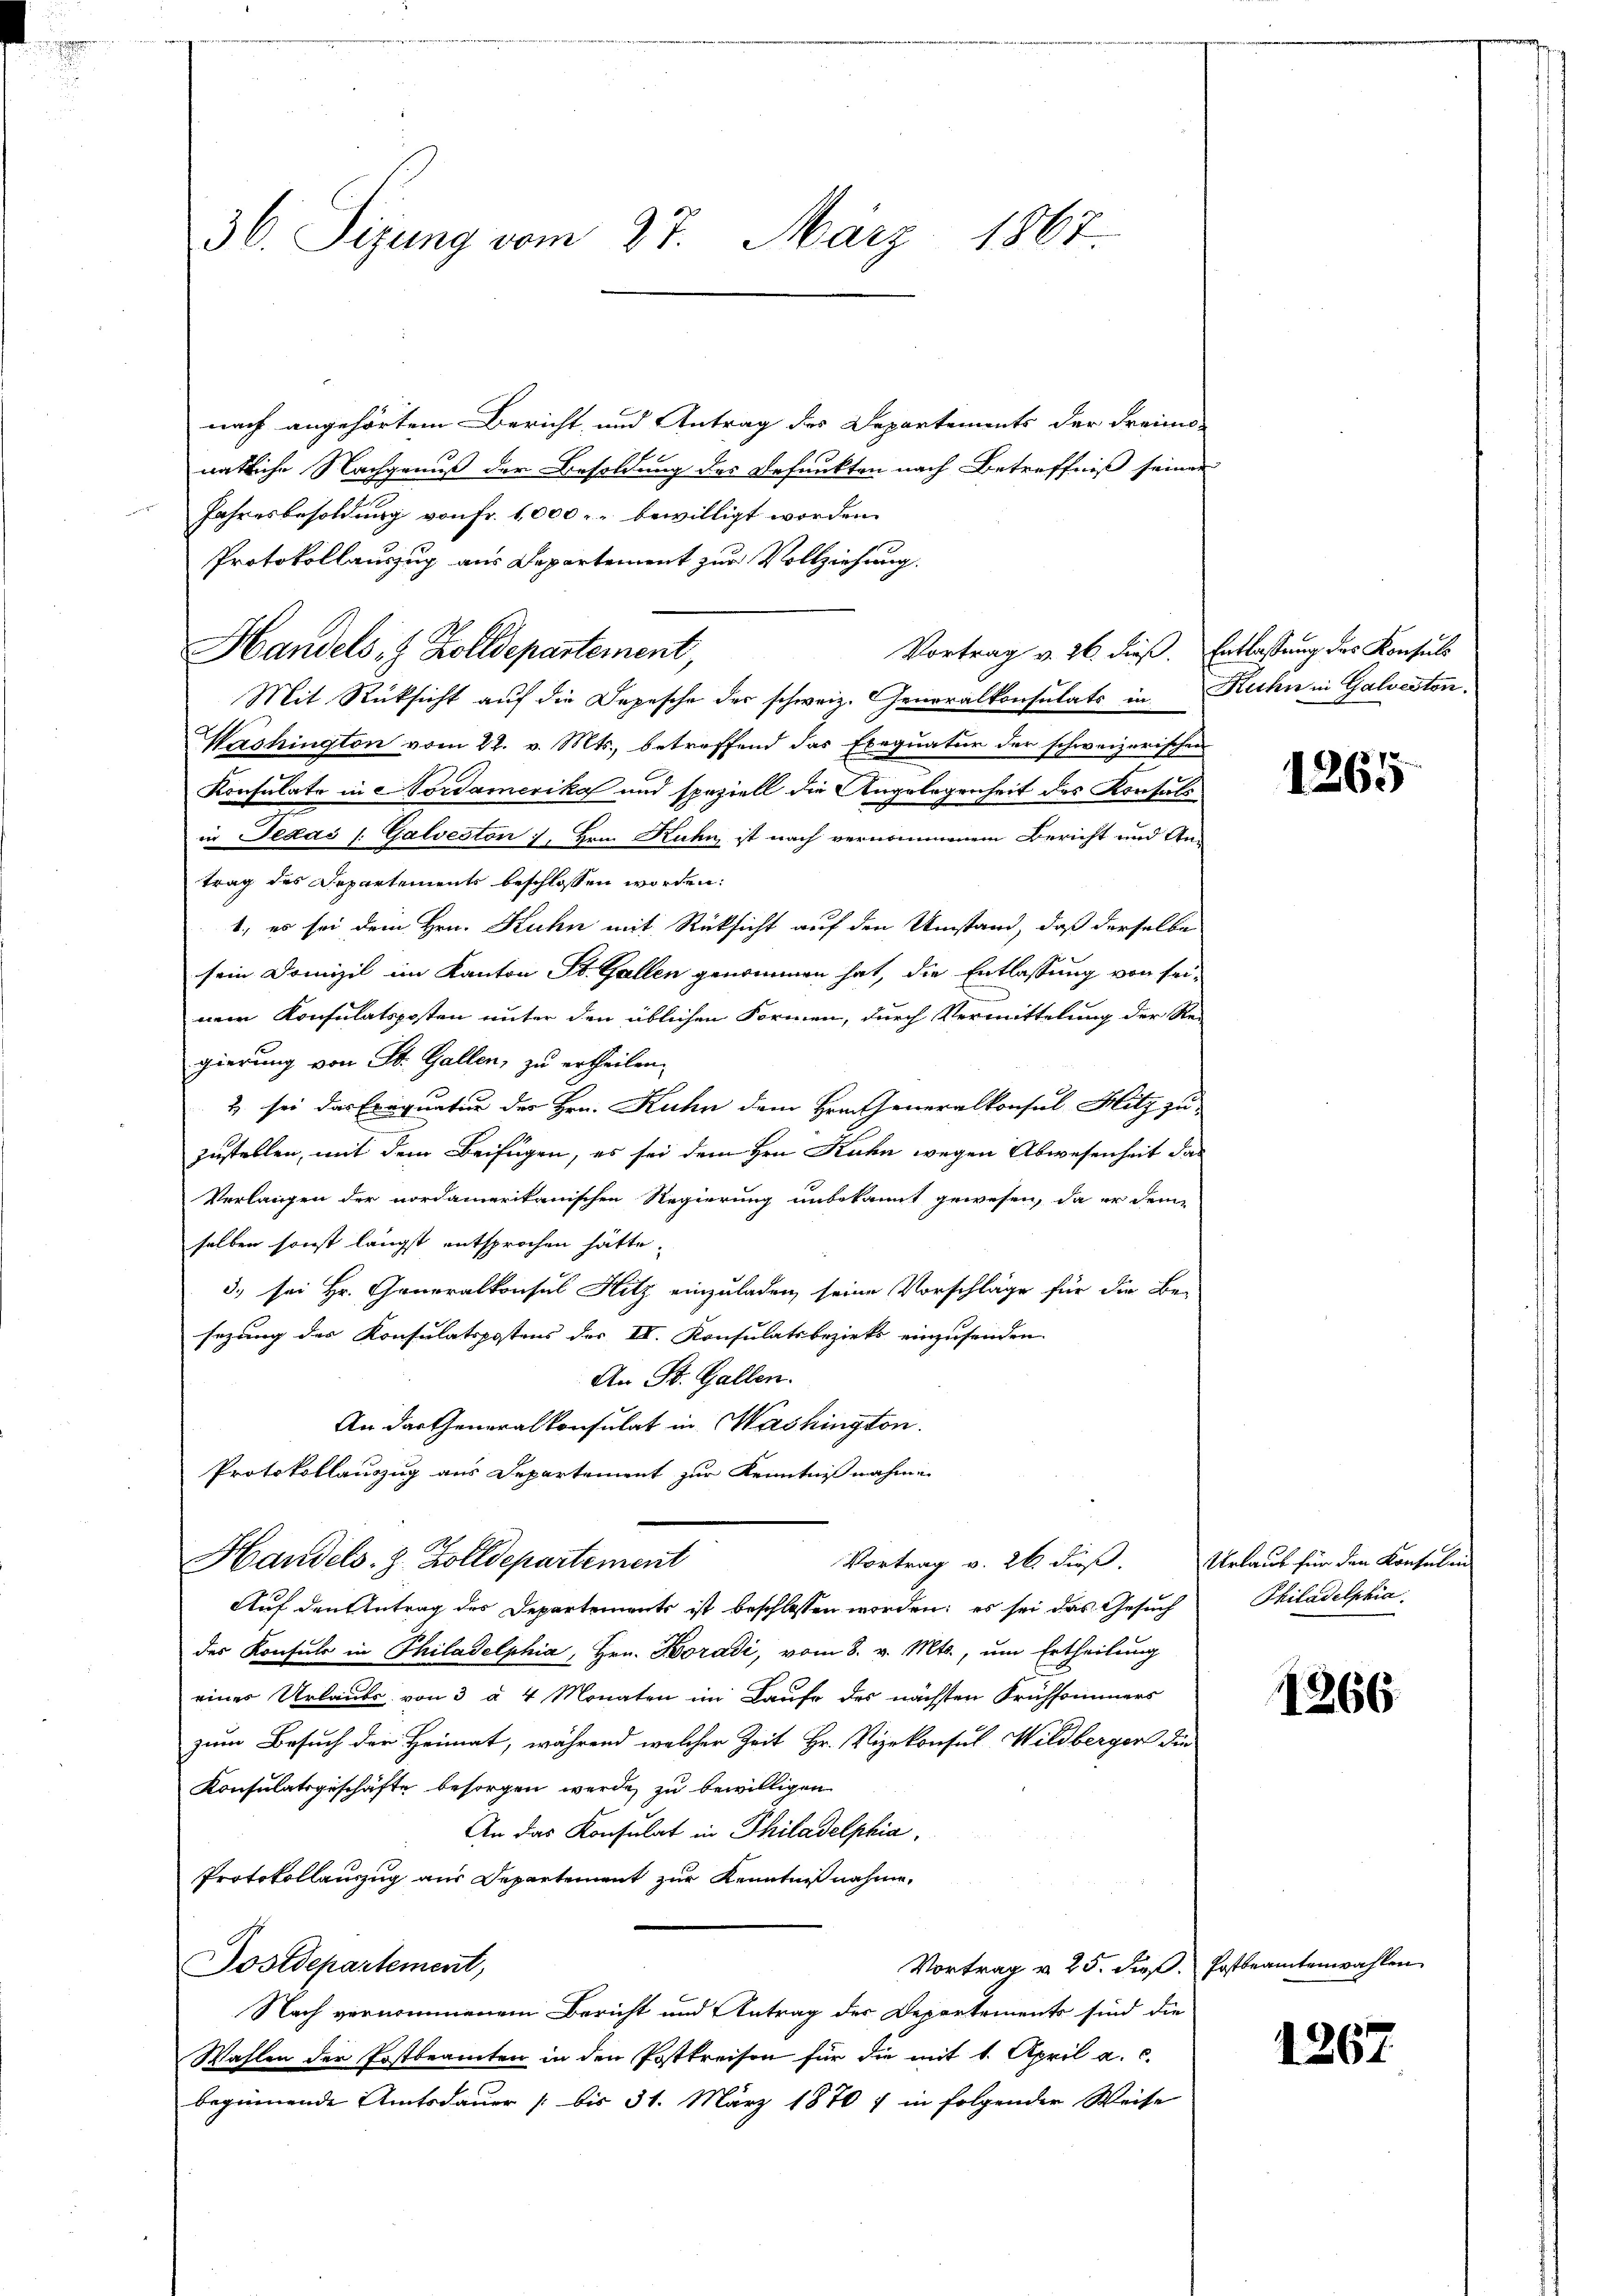
36. Sizung vom 27. März 1867.

nach angehörtem Bericht, und Antrag des Departements der dreimo-
natliche Nachgenuß der Besoldung des Befunkten nach Betreffniß seinen
Jahresbesoldung von Fr. 1,000. bewilligt worden.
Protokollauszug aus Departement zur Vollziehung.
Handels. Z. Zolldepartement,
Mit Rücksicht auf die Depesche der schweiz. Generalkonsulats in Kuhn in Galveston.
Washington vom 22. v. Mts., betreffend das Exequatur der schweizerischen
Konsulate in Nordamerika und speziell die Angelegenheit des Konsuls
in Texas /: Galveston, Hrn. Ruhn ist nach vernommenem Bericht und An-
trag des Departements beschlossen worden:
1., es sei dem Hrn. Kuhn mit Rücksicht auf den Umstand, daß derselbe
sein Domizil im Kanton St. Gallen genommen hat, die Entlassung von seinem Konsulatsposten unter den üblichen Formen, durch Vermittelung der Rei
gierung von St. Gallen, zu ertheilen.
u. sei das Exequaten des Hrn. Kuhn dem Hrn. Generalkonsul Milz zu
zustellen, mit dem Beifügen, es sei dem Hrn. Kuhn wegen Abwesenheit das
Verlangen der nordamerikanischen Regierung unbekannt gewesen, da er den
selben sonst längst entsprochen hätte.
3. sei Hr. Generalkonsul Hitz einzuladen, seine Vorschläge für die Be-
sezung des Konsulatspostens der IV. Konsulatsbezirks einzusenden.
An St. Gallen.
An das Generalkonsulat in Washington.
Protokollauszug aus Departement zur Kenntnißnahme
Vortrag v. 26 dieß.
Handels. Z. Zolldepartement
Auf den Antrag des Departements ist beschlossen worden; es sei das Gesuch
des Konsuls in Philadelphia, Hrn. Horadi, vom 8. v. Mts., um Ertheilung
einer Urlaubs von 3 à 4 Monaten im Laufe des nächsten Frühsommers
zum Besuch der Heimat, während welcher Zeit Hr. Vizekonsul Wildbergen die
Konsulatsgeschäfte besorgen werde, zu bewilligen.
An das Konsulat in Philadelphia
Protokollauszug aus Departement zur Kenntniß nahme,
Vortrag v. 25. dieß. Postbeamtenwahlen
Sostdepartement,
Nach vernommenem Bericht und Antrag der Departements sind die
Wahlen der Postbeamten in den Postkreisen für die mit 1. April a. c.
beginnende Amtsdauer /: bis 31. März 1870 7 in folgender Weise

Vortrag v. 26. dieß. Entlassung des Konsuls

1265

Urlaub für den Kontalen
Philadelphia

1266

1267

.